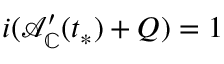
i ( \mathcal { A } _ { \mathbb { C } } ^ { \prime } ( t _ { * } ) + Q ) = 1